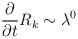
\begin{align*}\frac{\partial}{\partial{t}}R_k\sim\lambda^0\end{align*}